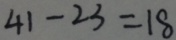
4 1 - 2 3 = 1 8